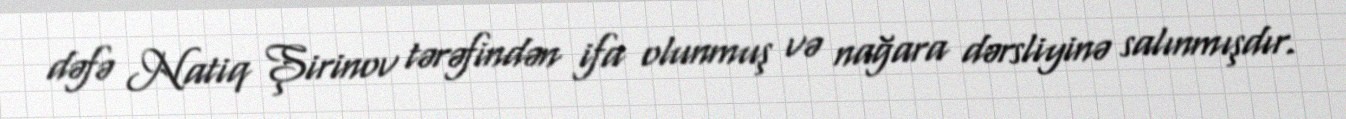
dəfə Natiq Şirinov tərəfindən ifa olunmuş və nağara dərsliyinə salınmışdır.